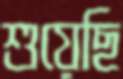
শুয়েছি